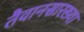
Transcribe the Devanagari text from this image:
तैवानसारख्या